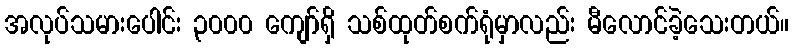
အလုပ်သမားပေါင်း ၃၀၀၀ ကျော်ရှိ သစ်ထုတ်စက်ရုံမှာလည်း မီလောင်ခဲ့သေးတယ်။